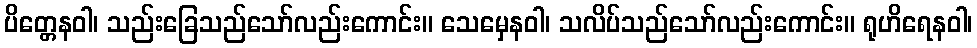
ပိတ္တေနဝါ၊ သည်းခြေသည်သော်လည်းကောင်း။ သေမှေနဝါ၊ သလိပ်သည်သော်လည်းကောင်း။ ရုဟိရေနဝါ၊